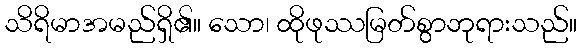
သိရိမာအမည်ရှိ၏။ သော၊ ထိုဖုဿမြတ်စွာဘုရားသည်။